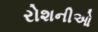
રોશનીઓ